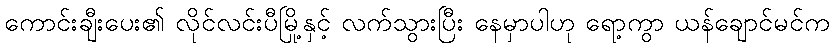
ကောင်းချီးပေး၏ လိုင်လင်းပီမြို့နှင့် လက်သွားပြီး နေမှာပါဟု ရော့ကွာ ယန်ချောင်မင်က